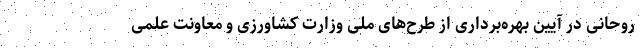
روحانی در آیین بهره‌برداری از طرح‌های ملی وزارت کشاورزی و معاونت علمی